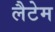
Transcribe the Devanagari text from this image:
लैटेम